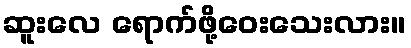
ဆူးလေ ရောက်ဖို့ဝေးသေးလား။